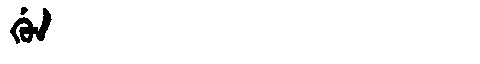
Manchu: ᡤᡠᠨ
Romanization: GUN